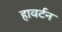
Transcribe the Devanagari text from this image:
हावर्टन